Report on vaccination in Madras 1922-1929 - 1922-1929
Year: 1922
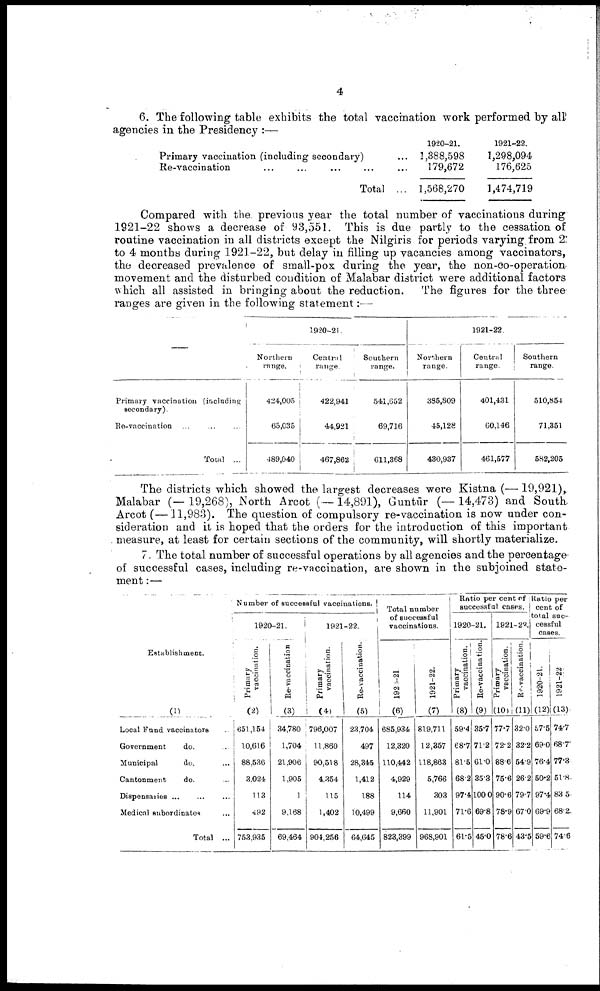
4
6. The following table exhibits the total vaccination work performed by all
agencies in the Presidency :—
Primary vaccination (including secondary) ...
Re-vaccination ... ... ... ... ...
Total ...
1920-21.
2,388,598
179,672
1,568,270
1921-22.
1,298,094
176,625
1,474,719
Compared with the. previous year the total number of vaccinations during
1921-22 shows a decrease of 93,551. This is due partly to the cessation of
routine vaccination in all districts except the Nilgiris for periods varying from 2
to 4 months during 1921-22, but delay in filling up vacancies among vaccinators,
the decreased prevalence of small-pox during the year, the non-co-operation
movement and the disturbed condition of Malabar district were additional factors
which all assisted in bringing about the reduction. The figures for the three
ranges are given in the following statement:—
—
Primary vaccination (including
secondary).
Re-vaccination ... ... ...
Total ...
1920-21.
Northern
range.
424,005
65,035
489,040
Centra1
range.
422,941
44,921
467,862
Southern
range.
541,652
69,716
611,368
1921-22.
Northern
range.
385,809
45,128
430,937
Central
range.
401,431
60,146
461,577
Southern
range.
510,854
71,351
582,205
The districts which showed the largest decreases were Kistna (—19,921),
Malabar (—19,268), North Arcot (—14,891), Guntūr (—14,473) and South.
Arcot (—11,983). The question of compulsory re-vaccination is now under con
sideration and it is hoped that the orders for the introduction of this important
measure, at least for certain sections of the community, will shortly materialize.
7. The total number of successful operations by all agencies and the percentage
of successful cases, including re-vaccination, are shown in the subjoined state
ment :—
Establishment.
(1)
Local Fund vaccinators ...
Government
do. ...
Municipal
do. ...
Cantonment
do. ...
Dispensaries
...
...
...
Medical subordinates ...
Total ...
Number of successful vaccinations.
1920-21.
Primary
vaccination.
(2)
651,154
10,616
88,536
3,024
113
492
753,935
Re-vaccination
(3)
34,780
1,704
21,906
1,905
1
9,168
69,464
1921-22.
Primary
vaccination.
(4)
796,007
11,860
90,518
4,354
115
1,402
904,256
Re-vaccination.
(5)
23,704
497
28,345
1,412
188
10,499
64,645
Total number
of successful
vaccinations.
1921-21
(6)
685,934
12,320
110,442
4,929
114
9,660
823,399
1921-22
(7)
819,711
12,357
118,863
5,766
303
11,901
968,901
Ratio per cent of
successful cases.
1920-21.
Primary
vaccination.
(8)
59.4
68.7
81.5
68.2
97.4
71.6
61.5
Re-vaccination.
(9)
35.7
71.2
61.0
35.3
100.0
69.8
45.0
1921-29.
Primary
vaccination.
(10)
77.7
72.2
88.6
75.6
90.6
78.9
78.6
Re-vaccination.
(11)
32.0
32.2
54.9
26.2
79.7
67.0
43.5
Ratio per
cent of
total suc
cessful
cases.
1920-21.
(12)
57.5
69.0
76.4
50.2
97.4
69.9
59.6
1921-22
(13)
74.7
68.7
77.3
51.8
83.5
68.2
74.6